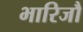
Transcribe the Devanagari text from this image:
भारिजौ